Vaccination in Bombay 1913-1923 - 1913-1923
Year: 1913
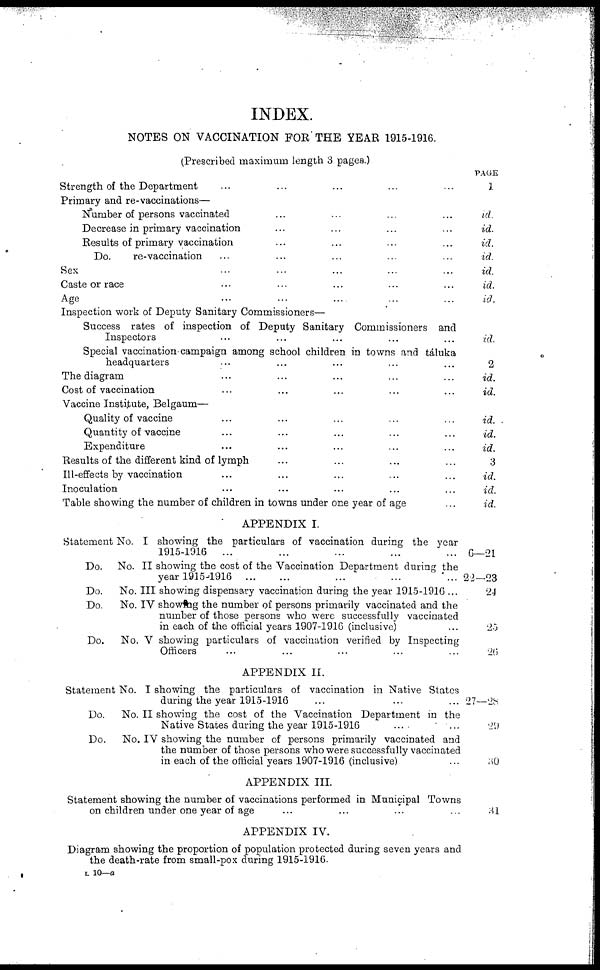
INDEX.
NOTES ON VACCINATION FOR THE YEAR 1915-1916.
(Prescribed maximum length 3 pages.)
Strength of the Department ... ... ... ... ...
PAGE
1
Primary and re-vaccinations—
Number of persons vaccinated ... ... ... ...
Decrease in primary vaccination ... ... ... ...
Results of primary vaccination ... ... ... ...
Do.
re-vaccination ... ... ... ... ...
Sex ... ... ... ... ...
Caste or race ... ... ... ... ...
Age ... ... ... ... ...
id.
id.
id.
id.
id.
id.
id.
Inspection work of Deputy Sanitary Commissioners—
Success rates of inspection of Deputy Sanitary Commissioners and
Inspectors ... ... ... ... ...
Special vaccination campaign among school children in towns and táluka
headquarters ... ... ... ... ...
The diagram ... ... ... ... ...
Cost of vaccination ... ... ... ... ...
Vaccine Institute, Belgaum—
Quality of vaccine ... ... ... ... ...
Quantity of vaccine ... ... ... ... ...
Expenditure ... ... ... ... ...
Results of the different kind of lymph ... ... ... ...
Ill-effects by vaccination ... ... ... ... ...
Inoculation ... ... ... ... ...
Table showing the number of children in towns under one year of age ...
id.
2
id.
id.
id.
id.
id.
3
id.
id.
id.
APPENDIX I.
Statement No. I showing the particulars of vaccination during the year
1915-1916
... ... ... ... ...
Do.
No. II showing the cost of the Vaccination Department during the
year 1915-1916
...
...
...
...
...
Do.
No. III showing dispensary vaccination during the year 1915-1916 ...
Do.
No. IV showing the number of persons primarily vaccinated and the
number of those persons who were successfully vaccinated
in each of the official years 1907-1916 (inclusive) ...
Do.
No. V showing particulars of vaccination verified by Inspecting
Officers ... ... ... ... ...
6—21
22—23
24
25
26
APPENDIX II.
Statement No. I showing the particulars of vaccination in Native States
during the year 1915-1916 ... ... ...
Do.
No. II showing the cost of the Vaccination Department in the
Native States during the year 1915-1916
...
...
Do.
No. IV showing the number of persons primarily vaccinated and
the number of those persons who were successfully vaccinated
in each of the official years 1907-1916 (inclusive)
27—28
29
30
APPENDIX III.
Statement showing the number of vaccinations performed in Municipal Towns
on children under one year of age ... ... ... ...
31
APPENDIX IV.
Diagram showing the proportion of population protected during seven years and
the death-rate from small-pox during 1915-1916.
L 10—a